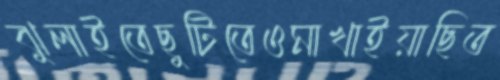
ঝুলাইতেছুটিতেওমাখাইয়াছিত